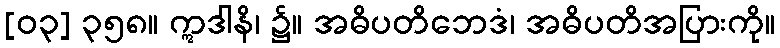
[၀၃] ၃၅၈။ ဣဒါနိ၊ ၌။ အဓိပတိဘေဒံ၊ အဓိပတိအပြားကို။